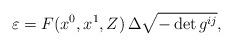
LaTeX: \begin{align*} {\varepsilon}=F(x^0,x^1,Z)\,\Delta\sqrt{-\det g^{ij}},\end{align*}